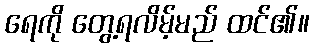
ရေကို တွေ့ရလိမ့်မည် ထင်၏။